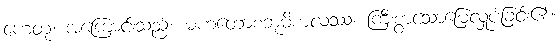
ဟေတု၊ အကြောင်းသည်။ မဟတောစဘူမိစာလဿ၊ ကြီးစွာသောမြေလှုပ်ခြင်း၏။